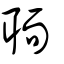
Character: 聏